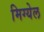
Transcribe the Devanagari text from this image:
मिग्येल